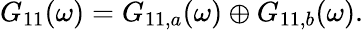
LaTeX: \begin{array}{r}{G_{11}(\omega)=G_{11,a}(\omega)\oplus G_{11,b}(\omega).}\end{array}